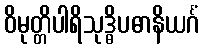
ဝိမုတ္တိပါရိသုဒ္ဓိပဓာနိယင်္ဂံ